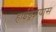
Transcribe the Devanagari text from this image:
हाईड्रेम्नयास